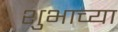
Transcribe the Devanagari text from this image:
शुभाच्या